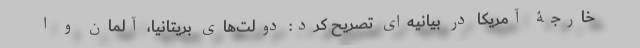
خارجۀ آمریکا در بیانیه‌ای تصریح کرد: دولت‌های بریتانیا، آلمان و ا